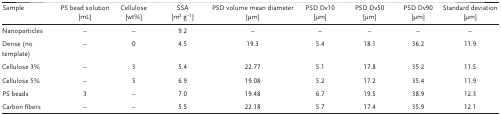
<table><thead><tr><td><b>Sample</b></td><td><b>PS bead solution [mL]</b></td><td><b>Cellulose [wt%]</b></td><td><b>SSA [m<sup>2</sup> g<sup>−1</sup>]</b></td><td><b>PSD volume mean diameter [μm]</b></td><td><b>PSD Dv10 [μm]</b></td><td><b>PSD Dv50 [μm]</b></td><td><b>PSD Dv90 [μm]</b></td><td><b>Standard deviation [μm]</b></td></tr></thead><tbody><tr><td>Nanoparticles</td><td>–</td><td>–</td><td>9.2</td><td>–</td><td>–</td><td>–</td><td>–</td><td>–</td></tr><tr><td>Dense (no template)</td><td>–</td><td>0</td><td>4.5</td><td>19.3</td><td>5.4</td><td>18.1</td><td>36.2</td><td>11.9</td></tr><tr><td>Cellulose 3%</td><td>–</td><td>3</td><td>5.4</td><td>22.77</td><td>5.1</td><td>17.8</td><td>35.2</td><td>11.5</td></tr><tr><td>Cellulose 5%</td><td>–</td><td>5</td><td>6.9</td><td>19.08</td><td>5.2</td><td>17.2</td><td>35.4</td><td>11.9</td></tr><tr><td>PS beads</td><td>3</td><td>–</td><td>7.0</td><td>19.48</td><td>6.7</td><td>19.5</td><td>38.9</td><td>12.3</td></tr><tr><td>Carbon fibers</td><td>–</td><td>–</td><td>5.5</td><td>22.18</td><td>5.7</td><td>17.4</td><td>35.9</td><td>12.1</td></tr></tbody></table>